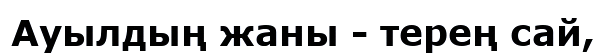
Ауылдың жаны - терең сай,